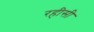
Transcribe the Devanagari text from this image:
रहीसी